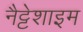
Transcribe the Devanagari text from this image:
नैट्टेशाइम